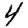
Digit: 4